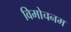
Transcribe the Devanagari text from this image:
विमोचनम